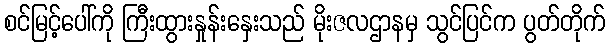
စင်မြင့်ပေါ်ကို ကြီးထွားနှုန်းနှေးသည် မိုးဇလဌာနမှ သွင်ပြင်က ပွတ်တိုက်